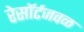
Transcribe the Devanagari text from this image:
रेसॉर्टजवळ